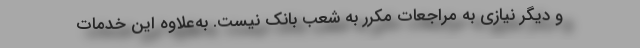
و دیگر نیازی به مراجعات مکرر به شعب بانک نیست. به‌علاوه این خدمات